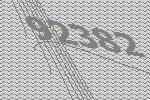
92382